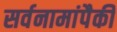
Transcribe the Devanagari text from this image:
सर्वनामांपैकी